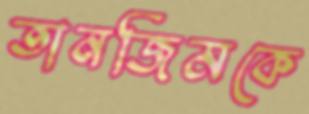
তানজিমকে